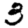
Digit: 3